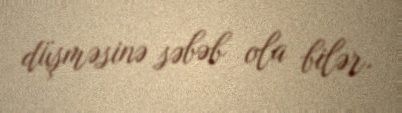
düşməsinə səbəb ola bilər.